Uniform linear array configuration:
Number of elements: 24
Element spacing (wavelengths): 1
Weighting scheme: blackman
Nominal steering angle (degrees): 60
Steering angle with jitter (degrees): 61.628
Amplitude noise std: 0.05
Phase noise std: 0.05

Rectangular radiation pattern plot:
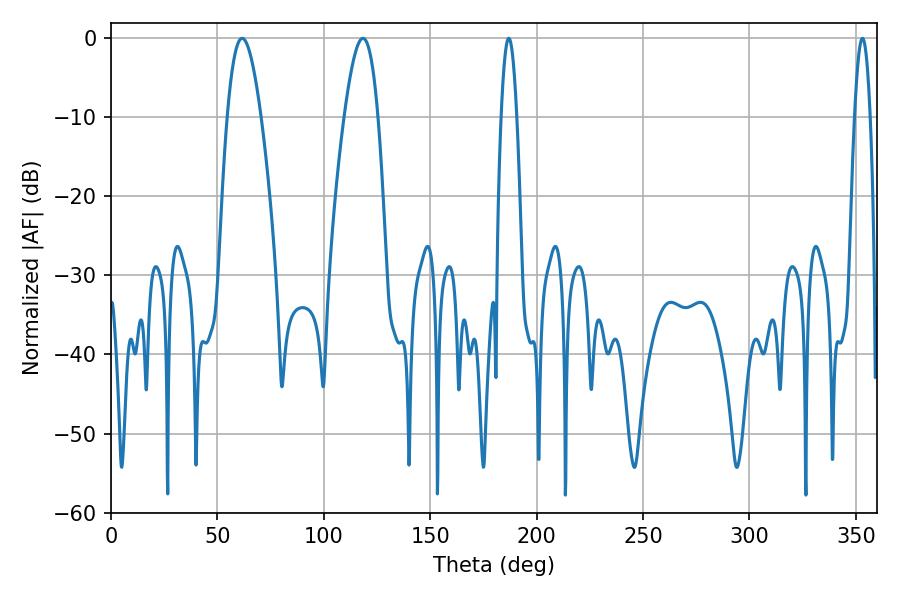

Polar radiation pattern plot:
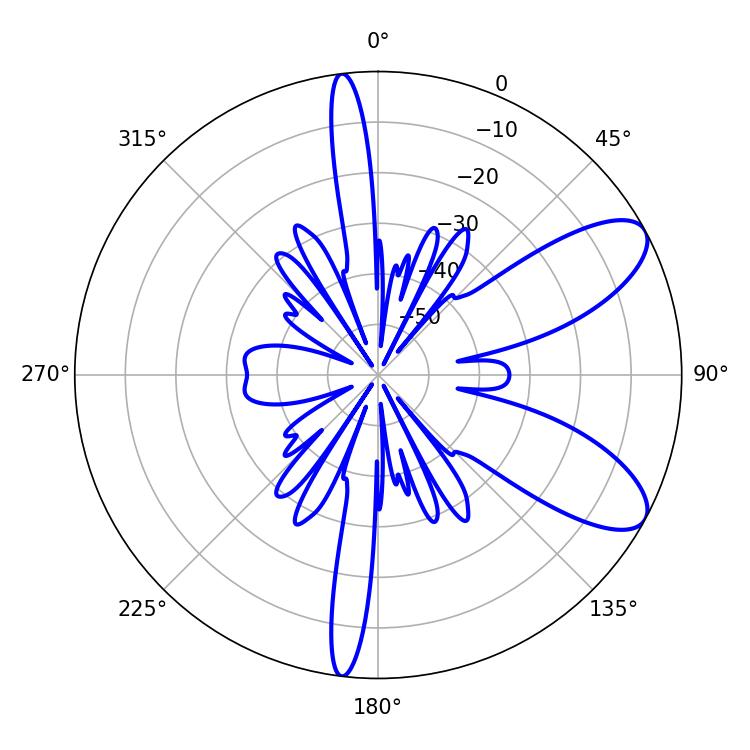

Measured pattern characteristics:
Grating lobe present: TRUE
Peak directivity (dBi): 8.712
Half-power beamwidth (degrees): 8.64
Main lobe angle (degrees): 61.56